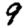
Digit: 9